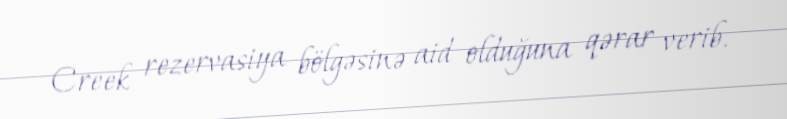
Creek rezervasiya bölgəsinə aid olduğuna qərar verib.